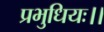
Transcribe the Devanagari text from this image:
प्रभुधियः।।